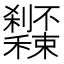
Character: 𥤔